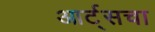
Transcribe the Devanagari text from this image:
आर्ट्सचा